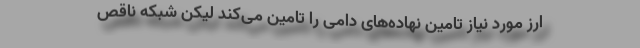
ارز مورد نیاز تامین نهاده‌های دامی را تامین می‌کند لیکن شبکه ناقص